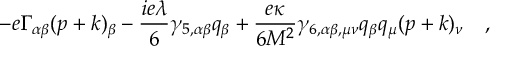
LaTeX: - e \Gamma _ { \alpha \beta } ( p + k ) _ { \beta } - { \frac { i e \lambda } { 6 } } \gamma _ { 5 , \alpha \beta } q _ { \beta } + { \frac { e \kappa } { 6 M ^ { 2 } } } \gamma _ { 6 , \alpha \beta , \mu \nu } q _ { \beta } q _ { \mu } ( p + k ) _ { \nu } \quad ,